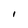
Character: I